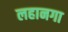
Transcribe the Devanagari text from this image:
लहानगा